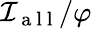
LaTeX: \mathcal{I}_{\mathrm{~a~l~l~}}/\varphi